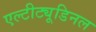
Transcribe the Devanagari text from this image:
एल्‍टीट्यूडिनल